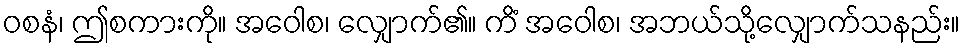
ဝစနံ၊ ဤစကားကို။ အဝေါစ၊ လျှောက်၏။ ကိံ အဝေါစ၊ အဘယ်သို့လျှောက်သနည်း။